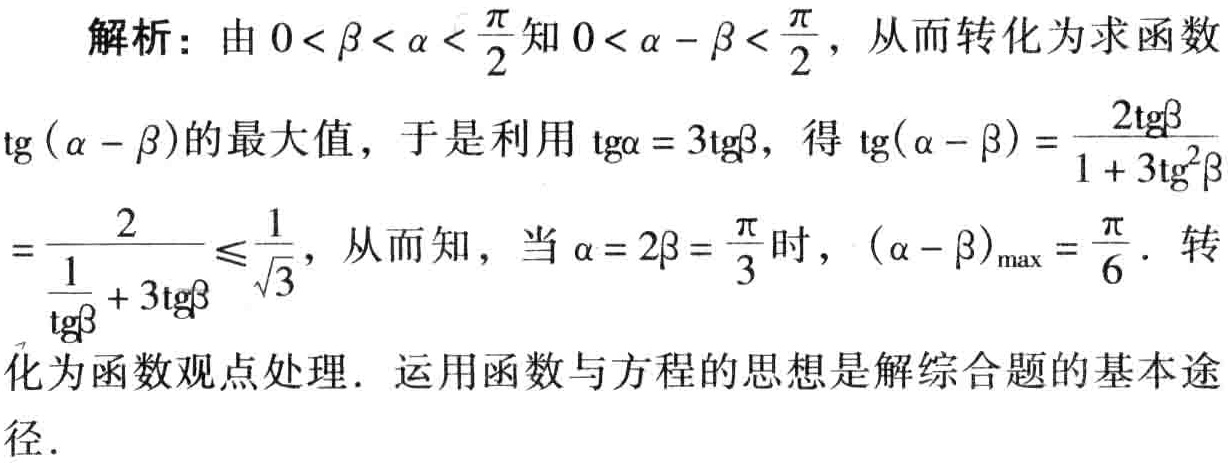
解析：由\(0<\beta<\alpha<\frac{\pi}{2}\)知\(0<\alpha - \beta<\frac{\pi}{2}\)，从而转化为求函数\(\text{tg}(\alpha - \beta)\)的最大值，于是利用\(\text{tg}\alpha = 3\text{tg}\beta\)，得\(\text{tg}(\alpha - \beta)=\frac{2\text{tg}\beta}{1 + 3\text{tg}^{2}\beta}=\frac{2}{\frac{1}{\text{tg}\beta}+ 3\text{tg}\beta}\leq\frac{1}{\sqrt{3}}\)，从而知，当\(\alpha = 2\beta=\frac{\pi}{3}\)时，\((\alpha - \beta)_{\max}=\frac{\pi}{6}\)。转化为函数观点处理. 运用函数与方程的思想是解综合题的基本途径.